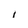
Character: i